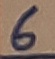
Text: 6